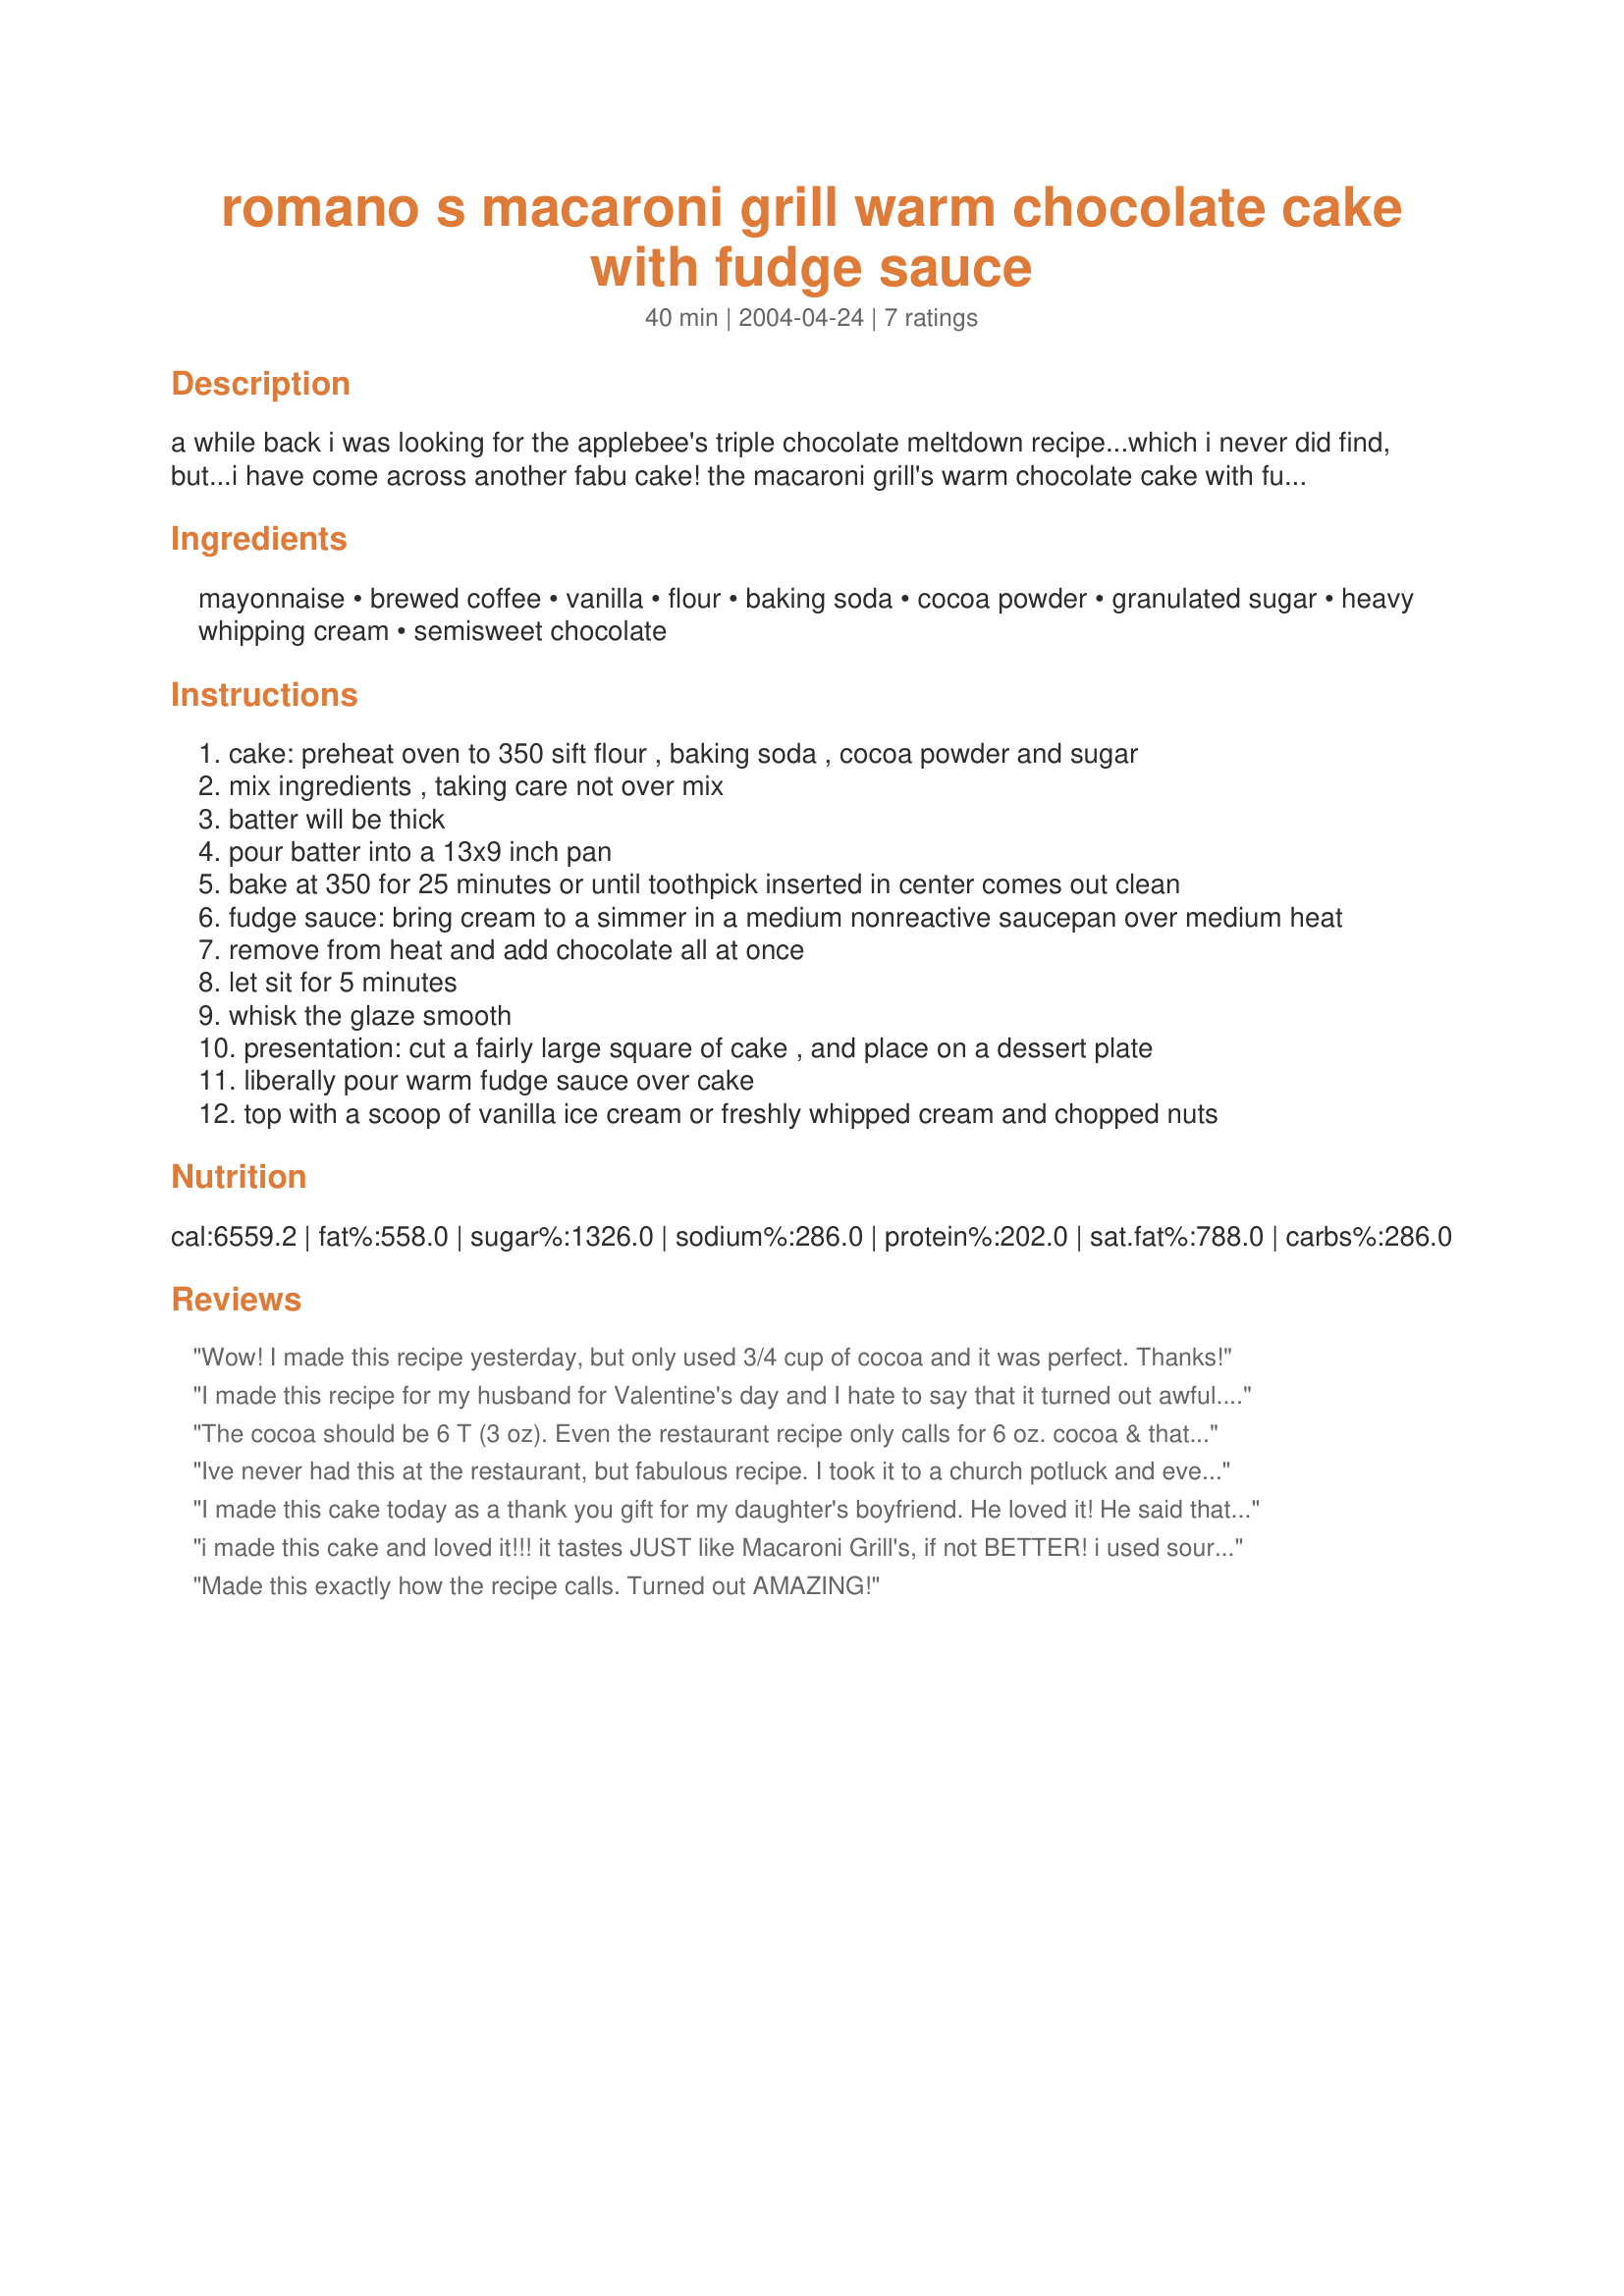
romano s macaroni grill warm chocolate cake with fudge sauce
Preparation time: 40 minutes

a while back i was looking for the applebee's triple chocolate meltdown recipe...which i never did find, but...i have come across another fabu cake! the macaroni grill's warm chocolate cake with fudge sauce! i found this on the net, and have scaled the recipe down to 1 cake, and made a few changes.

Ingredients:
mayonnaise, brewed coffee, vanilla, flour, baking soda, cocoa powder, granulated sugar, heavy whipping cream, semisweet chocolate

Steps:
cake: preheat oven to 350 sift flour , baking soda , cocoa powder and sugar
mix ingredients , taking care not over mix
batter will be thick
pour batter into a 13x9 inch pan
bake at 350 for 25 minutes or until toothpick inserted in center comes out clean
fudge sauce: bring cream to a simmer in a medium nonreactive saucepan over medium heat
remove from heat and add chocolate all at once
let sit for 5 minutes
whisk the glaze smooth
presentation: cut a fairly large square of cake , and place on a dessert plate
liberally pour warm fudge sauce over cake
top with a scoop of vanilla ice cream or freshly whipped cream and chopped nuts

Reviews:
Wow! I made this recipe yesterday, but only used 3/4 cup of cocoa and it was perfect. Thanks!
I made this recipe for my husband for Valentine's day and I hate to say that it turned out awful. It wasn't sweet at all. I even added more sugar when I tasted the batter and it wasn't sweet. It turned out dry and I even cooked it for less time than the recipe called for. I would definitely suggest more sugar.
Jessica
The cocoa should be 6 T (3 oz). Even the restaurant recipe only calls for 6 oz. cocoa & that's for a half sheet cake. This recipe is cut in half for a 13x9. 1c cocoa is WAY too much. Likely why Jessica's cake didn't turn out.
Ive never had this at the restaurant, but fabulous recipe. I took it to a church potluck and everyone loved it. I did only use 1/2 cup of cocoa as suggested and it was lovely. Hot fudge everywhere!
I made this cake today as a thank you gift for my daughter's boyfriend. He loved it! He said that the texture of the cake was somewhat different than the one at Macaroni Grill but that he thinks he even likes it more; he also added that the ganache topping/fudge sauce was exactly like the restaurant version. He took it with him to some friend's house tonight to share with them. I'm curious to see if any makes it home! I followed this recipe exactly and my baking time was exactly 35 minutes for perfection! Thanks so much for posting. I have also uploaded two photos of the finished product which should appear on here shortly.
i made this cake and loved it!!! it tastes JUST like Macaroni Grill's, if not BETTER! i used sour cream instead of all of the mayonnaise because we were low on mayonnaise, but it came out great! great recipe!!! the icing is soo good!
Made this exactly how the recipe calls. Turned out AMAZING!
